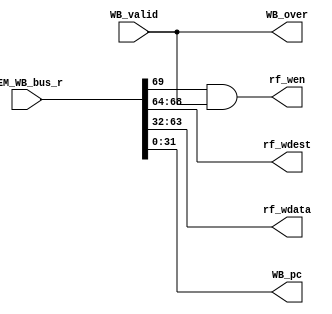
module wb(                      // 
    input         WB_valid,     // 
    input  [69:0] MEM_WB_bus_r, // MEM->WB
    output        rf_wen,       // 
    output [ 4:0] rf_wdest,     // 
    output [31:0] rf_wdata,     // 
    output        WB_over,      // WB

    //PC
    output [ 31:0] WB_pc
);
//-----{MEM->WB}begin    
    //
    wire wen;
    wire [4:0] wdest;
    
    //MEMresult
    wire [31:0] mem_result;
    
    //pc
    wire [31:0] pc;    
    assign {wen,wdest,mem_result,pc} = MEM_WB_bus_r;
//-----{MEM->WB}end

//-----{WB}begin
    //WB/
    //
    //WB_validWB_over
    assign WB_over = WB_valid;
//-----{WB}end

//-----{WB->regfile}begin
    assign rf_wen   = wen & WB_valid;
    assign rf_wdest = wdest;
    assign rf_wdata = mem_result;
//-----{WB->regfile}end

//-----{WBPC}begin
    assign WB_pc = pc;
//-----{WBPC}end
endmodule